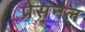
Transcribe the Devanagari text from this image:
प्रेसनल